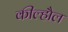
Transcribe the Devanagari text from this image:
कील्हौल